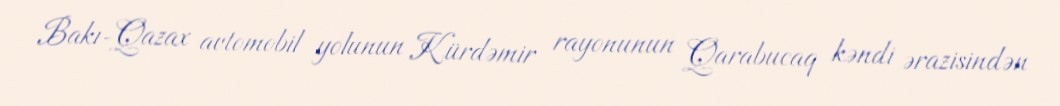
Bakı-Qazax avtomobil yolunun Kürdəmir rayonunun Qarabucaq kəndi ərazisindən